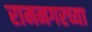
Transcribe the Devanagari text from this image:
रामनगरच्या